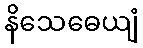
နိသေဓေယျံ